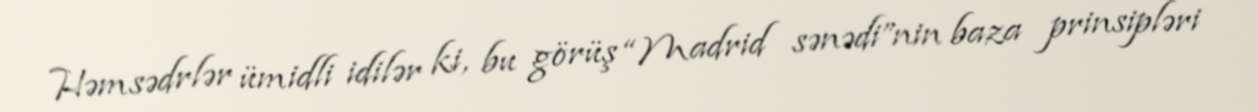
Həmsədrlər ümidli idilər ki, bu görüş “Madrid sənədi”nin baza prinsipləri